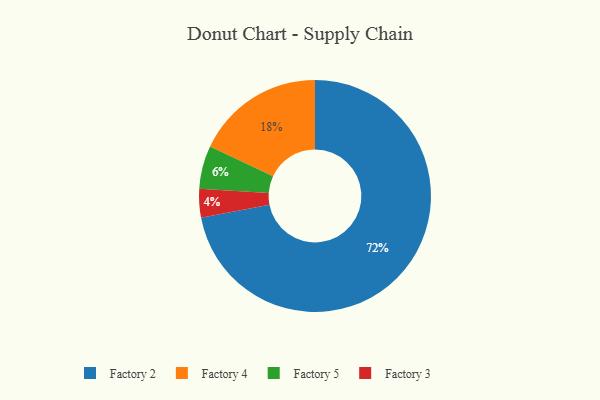
{"axis": {"x": "Category", "y": "Percentage"}, "legend": ["Factory 2", "Factory 3", "Factory 4", "Factory 5"], "data": [{"x": "Factory 2", "y": 72, "type": "Factory 2"}, {"x": "Factory 3", "y": 4, "type": "Factory 3"}, {"x": "Factory 5", "y": 6, "type": "Factory 5"}, {"x": "Factory 4", "y": 18, "type": "Factory 4"}]}